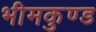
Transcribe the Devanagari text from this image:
भीमकुण्ड